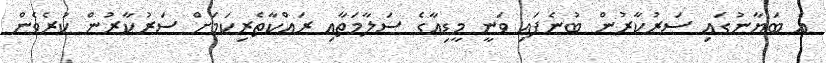
އެ ބަޔާނުގައި ސަރުކާރުން ބުނެފައި ވަނީ މީޑިއާގެ ސަލާމަތާއި ރައްކާތެރިކަމަށް ސަރުކާރުން ކުރެވެން